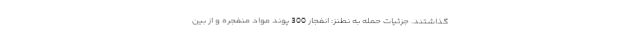
گذاشتند. جزئیات حمله به نطنز: انفجار 300 پوند مواد منفجره و از بین